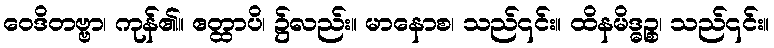
ဝေဒိတဗ္ဗာ၊ ကုန်၏။ ဧတ္ထာပိ၊ ၌လည်း။ မာနောစ၊ သည်၎င်း။ ထိနမိဒ္ဓဉ္စ၊ သည်၎င်း။